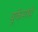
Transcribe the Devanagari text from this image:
यूकेमध्ये